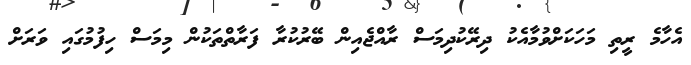
އެހާމެ ރީތި މަހަކަށްވުމާއެކު ދިރޭކުދިމަސް ރާއްޖެއިން ބޭރުކުރާ ފަރާތްތަކުން މިމަސް ހިފުމުގައި ވަރަށް